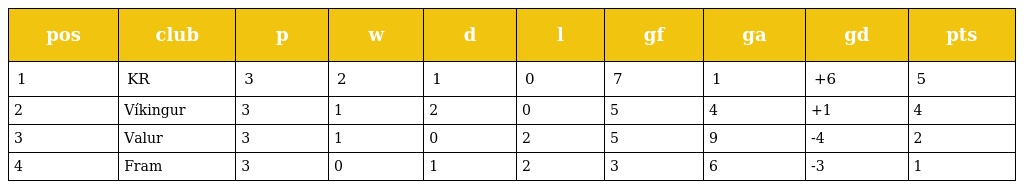
| pos | club | p | w | d | l | gf | ga | gd | pts |
 | --- | --- | --- | --- | --- | --- | --- | --- | --- | --- |
 | 1 | KR | 3 | 2 | 1 | 0 | 7 | 1 | +6 | 5 |
 | 2 | Víkingur | 3 | 1 | 2 | 0 | 5 | 4 | +1 | 4 |
 | 3 | Valur | 3 | 1 | 0 | 2 | 5 | 9 | -4 | 2 |
 | 4 | Fram | 3 | 0 | 1 | 2 | 3 | 6 | -3 | 1 |